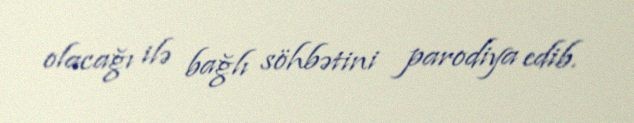
olacağı ilə bağlı söhbətini parodiya edib.